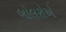
બોલરોએ